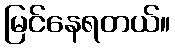
မြင်နေရတယ်။